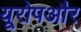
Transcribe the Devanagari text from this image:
यूरोपऔर